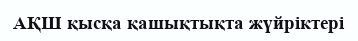
АҚШ қысқа қашықтықта жүйріктері